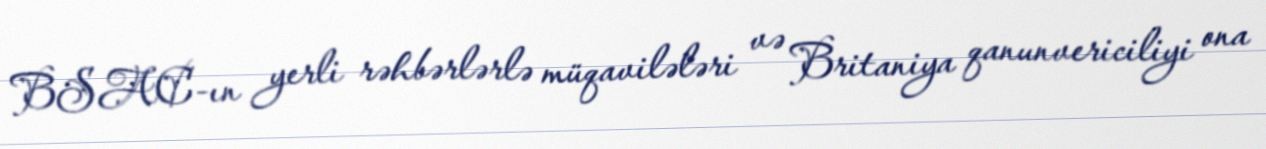
BSAC-ın yerli rəhbərlərlə müqavilələri və Britaniya qanunvericiliyi ona